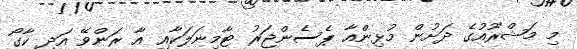
މި މަޝްރޫއުގެ ދަށުން މުޅިންއާ ޕެސެންޖަރު ޓާމިނަލަކާއި އާ ރަންވޭ އަދި ކާގޯ